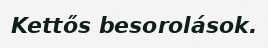
Kettős besorolások.